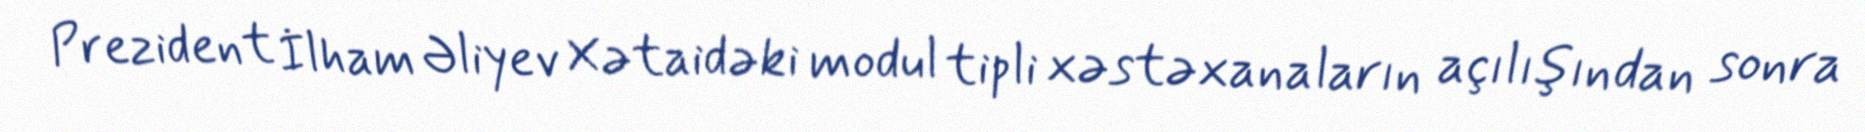
Prezident İlham Əliyev Xətaidəki modul tipli xəstəxanaların açılışından sonra